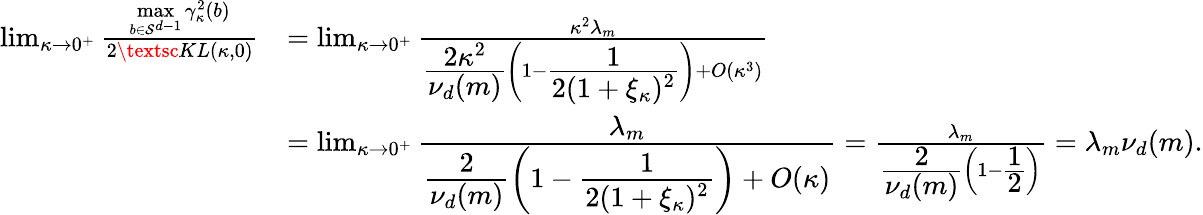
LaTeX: \begin{array}{rl}{\operatorname*{lim}_{\kappa\rightarrow 0^{+}}\frac{\underset{b\in\mathcal{S}^{d-1}}{\operatorname*{max}}\gamma_{\kappa}^{2}(b)}{2\textsc{KL}(\kappa,0)}}&{=\operatorname*{lim}_{\kappa\rightarrow 0^{+}}\frac{\kappa^{2}\lambda_{m}}{\cfrac{2\kappa^{2}}{\nu_{d}(m)}\left(1-\cfrac{1}{2(1+\xi_{\kappa})^{2}}\right)+O(\kappa^{3})}}\\ &{=\operatorname*{lim}_{\kappa\rightarrow 0^{+}}\cfrac{\lambda_{m}}{\cfrac{2}{\nu_{d}(m)}\left(1-\cfrac{1}{2(1+\xi_{\kappa})^{2}}\right)+O(\kappa)}=\frac{\lambda_{m}}{\cfrac{2}{\nu_{d}(m)}\left(1-\cfrac{1}{2}\right)}=\lambda_{m}\nu_{d}(m).}\end{array}